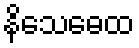
နိသေဓေထ